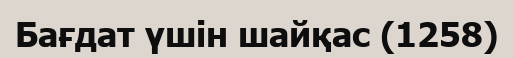
Бағдат үшін шайқас (1258)